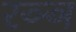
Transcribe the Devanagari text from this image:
रञ्ञ